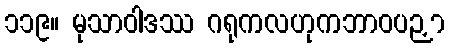
၁၁၉။ မုသာဝါဒဿ ဂရုကလဟုကဘာဝပဉှာ